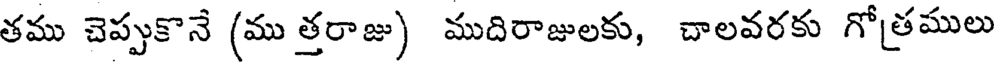
తము చెప్పుకొనే (ము త్తరాజు) ముదిరాజులకు, చాలవరకు గోత్రములు